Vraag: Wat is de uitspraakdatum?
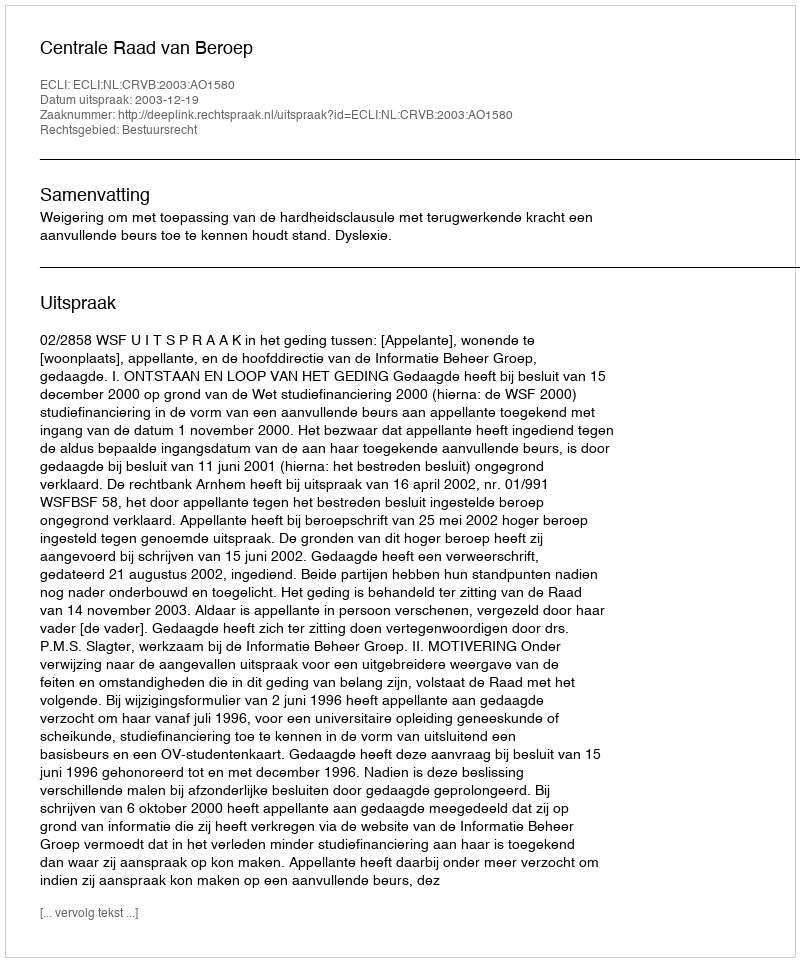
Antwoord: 2003-12-19